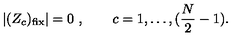
| ( Z _ { c } ) _ { \mathrm { f i x } } | = 0 \ , \qquad c = 1 , \dots , ( { \frac { N } { 2 } } - 1 ) .